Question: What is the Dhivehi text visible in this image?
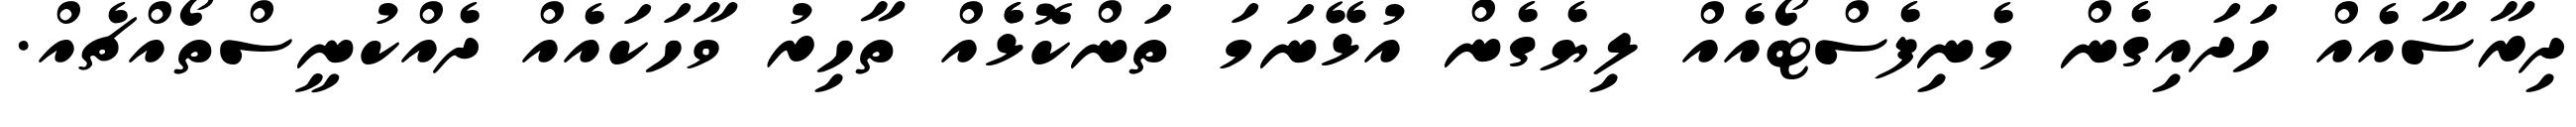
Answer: ދިރާސާއެއް ހަދައިގެން މެނިފެސްޓޯއެއް ލިޔެގެން އުޅޭނަމަ ތަންކޮޅެެއް ތާހިރު ވާހަކައެއް ދެއްކުނީސްތޯއްޗެއް.